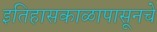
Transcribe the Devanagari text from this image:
इतिहासकाळापासूनचे